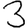
Digit: 3